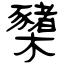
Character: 櫫